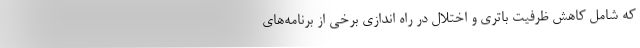
که شامل کاهش ظرفیت باتری و اختلال در راه اندازی برخی از برنامه‌های